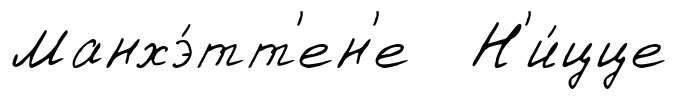
Манхэ́тт'ен'е Н'и́цце